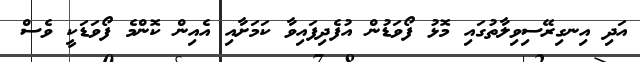
އަދި އިނގިރޭސިވިލާތުގައި މޮޅު ފޯވަޑުން އުފެދިފައިވާ ކަމަށާއި އެއިން ކޮންމެ ފޯވަޑަކީ ވެސް